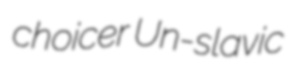
choicer Un-slavic